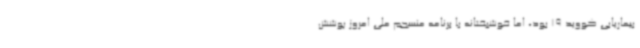
بیماریابی کووید 19 بود، اما خوشبختانه با برنامه منسجم ملی امروز پوشش